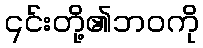
၎င်းတို့၏ဘဝကို